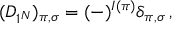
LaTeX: ( D _ { 1 ^ { N } } ) _ { \pi , \sigma } = ( - ) ^ { I ( \pi ) } \delta _ { \pi , \sigma } \, ,